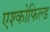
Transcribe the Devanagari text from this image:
एश्कोफिल्ड